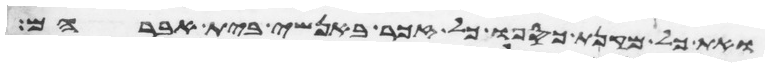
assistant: ואת כל מקנת כספו כל זכר באנשי בית אברהם